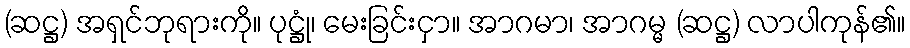
(ဆဋ္ဌ) အရှင်ဘုရားကို။ ပုဋ္ဌုံ၊ မေးခြင်းငှာ။ အာဂမာ၊ အာဂမ္မ (ဆဋ္ဌ) လာပါကုန်၏။